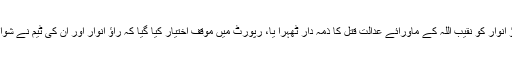
خیال رہے کہ نقیب قتل کی تفتیش کرنے والی مشترکہ تحقیقاتی کمیٹی نے راؤ انوار کو نقیب اللہ کے ماورائے عدالت قتل کا ذمہ دار ٹھہرا یا، رپورٹ میں‌ موقف اختیار کیا گیا کہ راؤ انوار اور ان کی ٹیم نے شواہد ضائع کیے، ماورائے عدالت قتل چھپانے کے لئے میڈیا پر جھوٹ بولا گیا۔